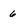
Character: 6